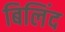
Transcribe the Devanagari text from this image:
बिलिंद